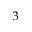
^ { 3 }